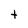
Character: t